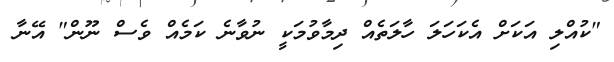
"ކުއްލި އަކަށް އެކަހަލަ ހާލަތެއް ދިމާވުމަކީ ނުވާނެ ކަމެއް ވެސް ނޫން" އޭނާ